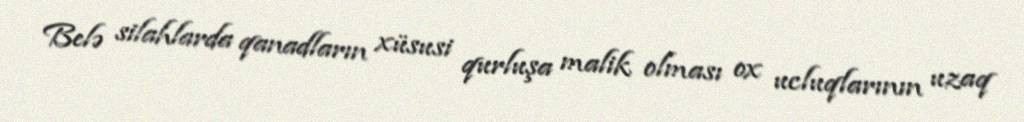
Belə silahlarda qanadların xüsusi qurluşa malik olması ox ucluqlarının uzaq